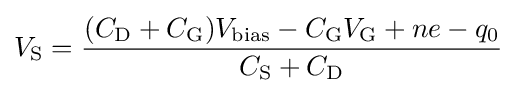
V_{\rm {S}}={\frac {(C_{\rm {D}}+C_{\rm {G}})V_{\rm {bias}}-C_{\rm {G}}V_{\rm {G}}+ne-q_{0}}{C_{\rm {S}}+C_{\rm {D}}}}